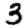
Digit: 3